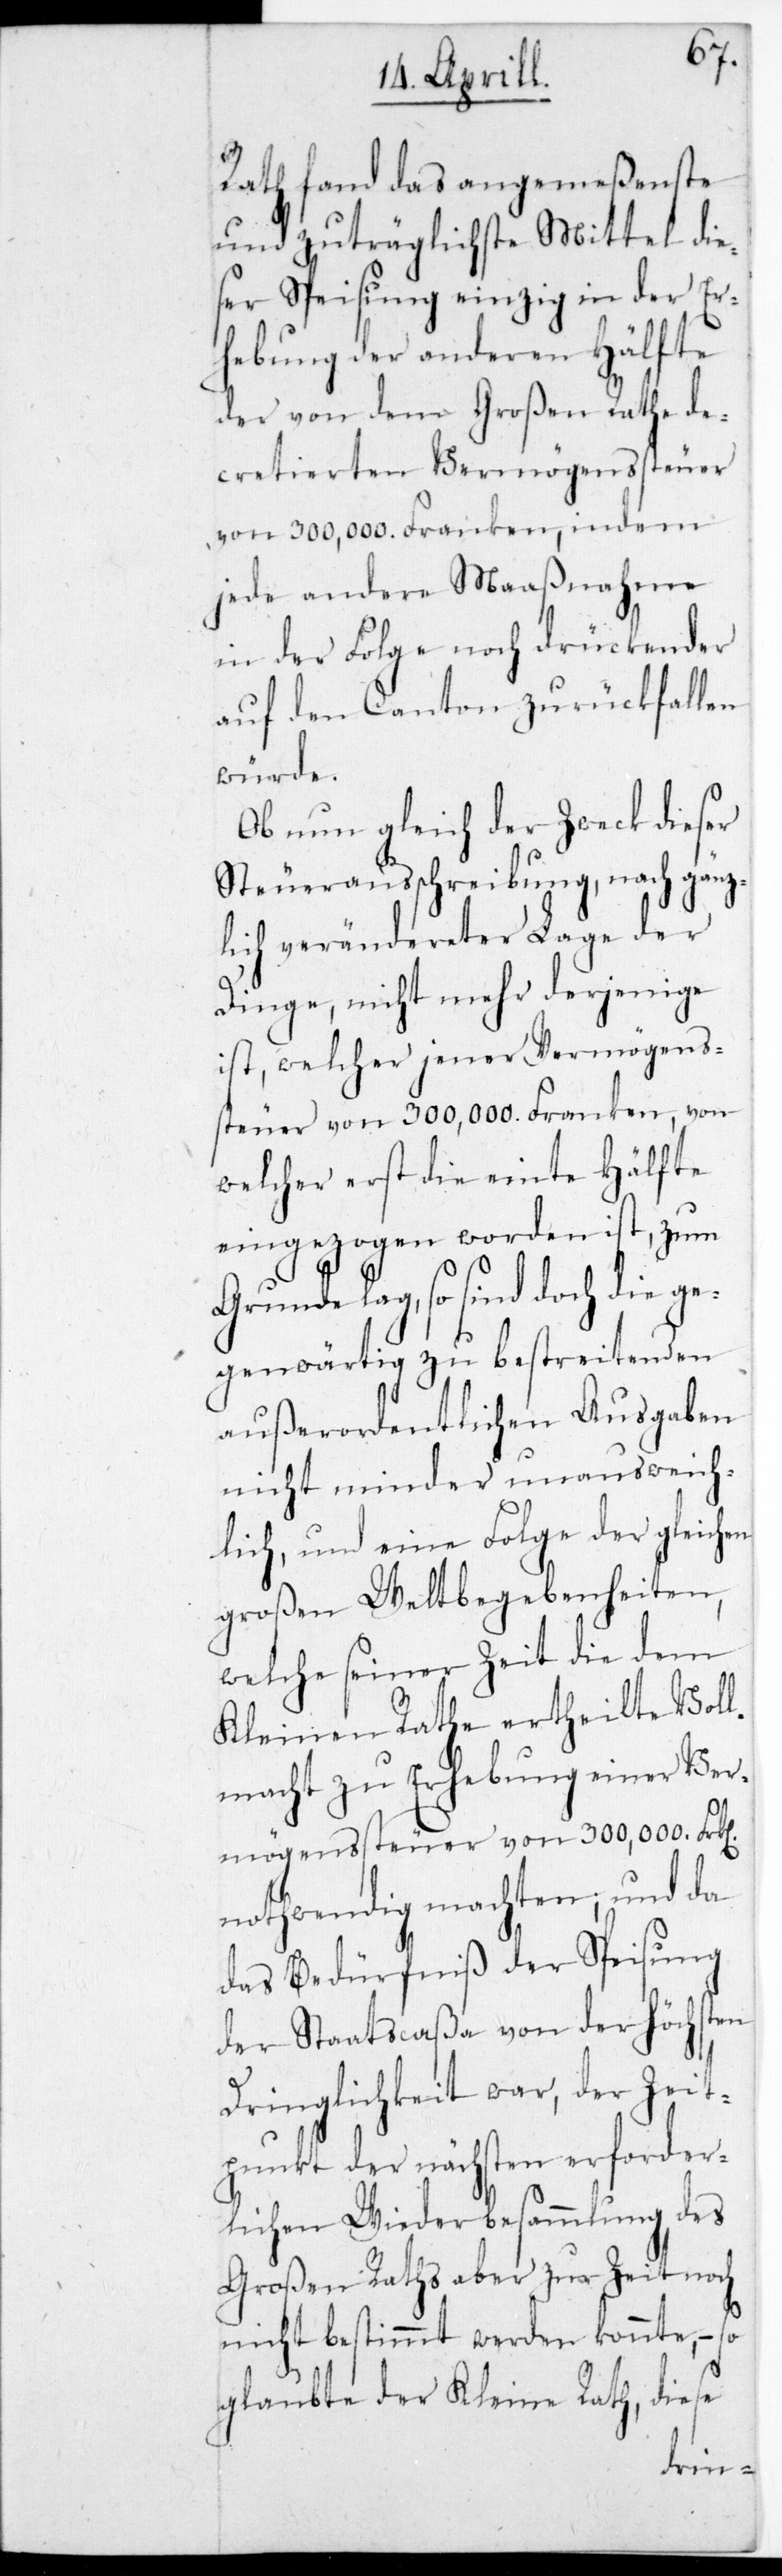
Rath fand das angemeßenste
und zuträglichste Mittel die¬
ser Speisung einzig in der Er¬
hebung der anderen Hälfte
der von dem Großen Rate de¬
cretierten Vermögenssteuer
von 300,000. Franken, indem
jede andere Maaßnahme
in der Folge noch drückender
auf den Canton zurückfallen
würde.
Ob nun gleich der Zweck dieser
Steuerausschreibung, nach gänz¬
lich verändereter Lage der
Dinge, nicht mehr derjenige
ist, welcher jener Vermögens¬
steuer von 300,000. Franken, von
welcher erst die einte Hälfte
eingezogen worden ist, zum
lag, so sind doch die
gegenwärtig zu bestreitenden
außerordentlichen Ausgaben
nicht minder unausweich¬
lich, und eine Folge der gleichen
großen Weltbegebenheiten,
welche seiner Zeit die dem
Kleinen Rathe ertheilte Voll¬
macht zu Erhebung einer Ver¬
mögenssteuer von 300,000. Frk[en]
nothwendig machten; und da
das Bedürfniß der Speisung
der Staatscaßa von der Höchsten
Dringlichkeit war, der Zeit¬
punkt der nächsten erforder¬
lichen Wiederbesammlung des
Großen Raths aber zur Zeit noch
nicht bestimmt werden konnte, –
glaubte der Kleine Rath, diese